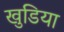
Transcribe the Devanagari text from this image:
खुडिया